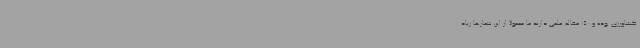
کشاورزی بوده و 150 مقاله علمی دارند ما معمولا از این شعارها زیاد